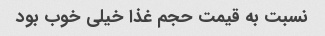
نسبت به قیمت حجم غذا خیلی خوب بود